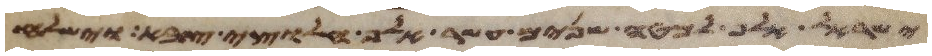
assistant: ישראל אלף למטה שנים עשר אלף חלוצי צבא וישלח